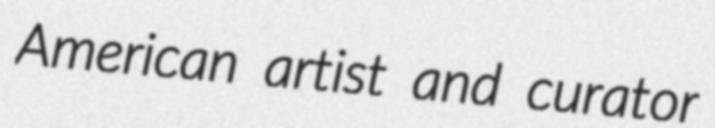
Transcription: American artist and curator